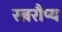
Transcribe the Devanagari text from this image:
रत्नरौप्य